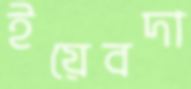
ইয়েবদা